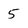
Character: 5